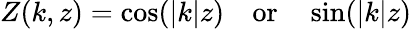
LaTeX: Z(k,z)=\cos(|k|z)\, \, \, \, \, \, \mathrm{or}\, \, \, \, \, \, \sin(|k|z)